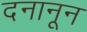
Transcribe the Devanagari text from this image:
दनानून